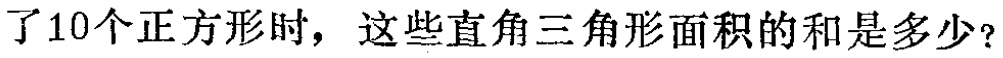
了10个正方形时，这些直角三角形面积的和是多少？